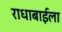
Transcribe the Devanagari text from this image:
राधाबाईला